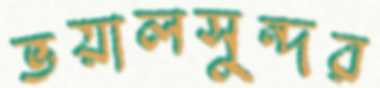
ভয়ালসুন্দর